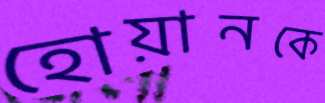
হোয়ানকে